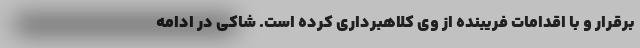
برقرار و با اقدامات فریبنده از وی کلاهبرداری کرده است. شاکی در ادامه